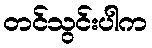
တင်သွင်းပါက